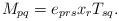
LaTeX: \begin{align*}M_{pq}=e_{prs}x_{r}T_{sq}.\end{align*}